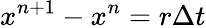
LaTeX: {x^{n+1}}-{x^{n}}=r\Delta t